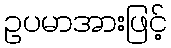
ဥပမာအားဖြင့်